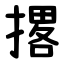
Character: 撂